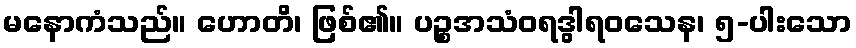
မနောကံသည်။ ဟောတိ၊ ဖြစ်၏။ ပဉ္စအသံဝရဒွါရဝသေန၊ ၅-ပါးသော